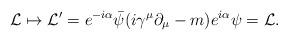
LaTeX: \begin{align*}\mathcal{L} \mapsto \mathcal{L}'= e^{-i\alpha}\Bar{\psi}(i\gamma^\mu\partial_\mu - m)e^{i\alpha}\psi = \mathcal{L}.\end{align*}